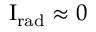
\mathrm { { I } } _ { \mathrm { { r a d } } } \approx 0